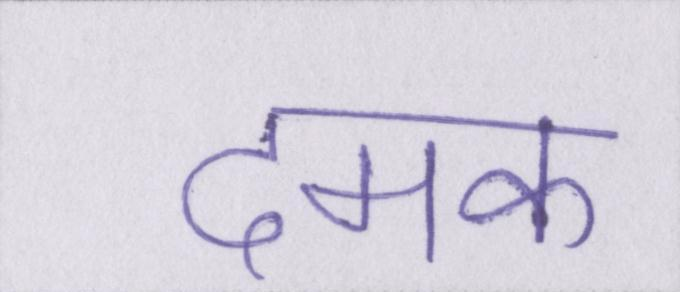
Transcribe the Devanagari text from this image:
दमक